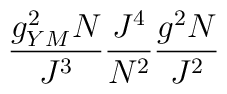
\frac{g^2_{YM}N}{J^3}\frac{J^4}{N^2} \frac{g^2N}{J^2}